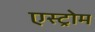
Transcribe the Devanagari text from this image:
एस्ट्रोम